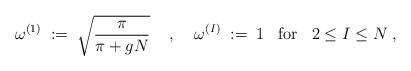
LaTeX: \begin{align*}\omega^{(1)} \; := \; \sqrt{\frac{\pi}{\pi+gN}}\; \; \; \; , \; \; \; \;\omega^{(I)} \; := \; 1 \; \; \; \mbox{for} \; \; \; 2 \leq I \leq N \; ,\end{align*}